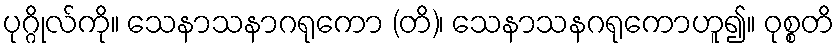
ပုဂ္ဂိုလ်ကို။ သေနာသနာဂရုကော (တိ)၊ သေနာသနဂရုကောဟူ၍။ ဝုစ္စတိ